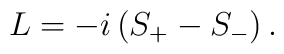
L=-i\left(S_+-S_-\right).